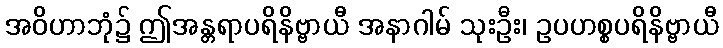
အဝိဟာဘုံ၌ ဤအန္တရာပရိနိဗ္ဗာယီ အနာဂါမ် သုးဦး၊ ဥပဟစ္စပရိနိဗ္ဗာယီ